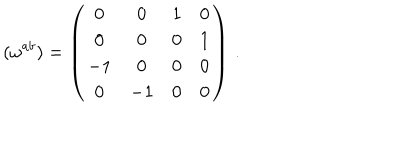
LaTeX: ( \omega ^ { a b } ) = \left( \begin{array} { c c c c } { { 0 } } & { { 0 } } & { { 1 } } & { { 0 } } \\ { { 0 } } & { { 0 } } & { { 0 } } & { { 1 } } \\ { { - 1 } } & { { 0 } } & { { 0 } } & { { 0 } } \\ { { 0 } } & { { - 1 } } & { { 0 } } & { { 0 } } \\ \end{array} \right) \, .